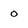
Character: 0